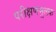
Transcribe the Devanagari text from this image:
परीक्षणमूलक